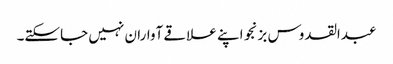
عبدالقدوس بزنجو اپنے علاقے آواران نہیں جاسکتے۔